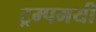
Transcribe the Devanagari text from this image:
ट्रम्पमयी